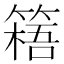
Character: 𥲐